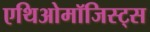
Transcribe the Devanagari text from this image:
एथिओमॉजिस्ट्स